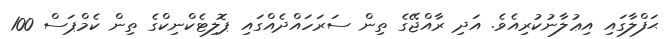
ޙަފްލާގައި އިޢުލާނުކުރިއެވެ. އަދި ރާއްޖޭގެ ތިން ސަރަހައްދެއްގައި ޕޮލިޓެކްނިކްގެ ތިން ކެމްޕަސް 100